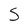
Character: S